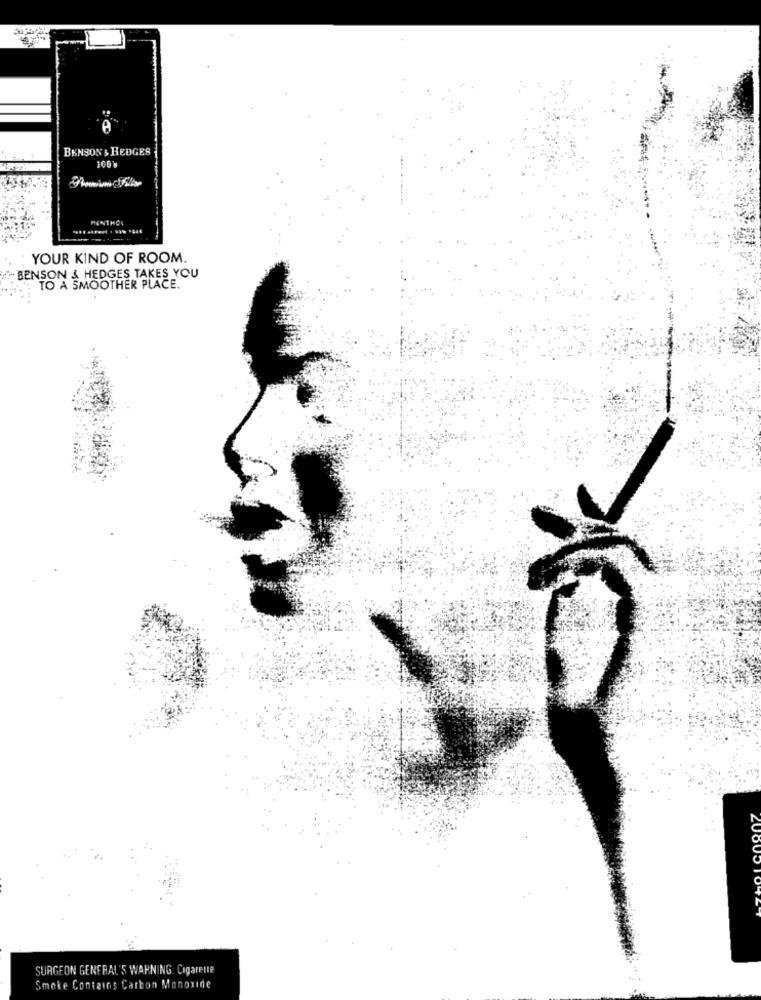
A
BENSON & HEDGES
106
YOUR KIND OF ROOM.
BENSON & HEDGES TAKES YOU
TO A SMOOTHER PLACE.
SURGEON GENERAL'S WARNING. Cigarette
Smoke Contains Carbon Monoxide